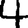
Digit: 4